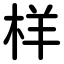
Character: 样